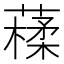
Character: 𦽩